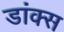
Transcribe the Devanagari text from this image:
डांक्स